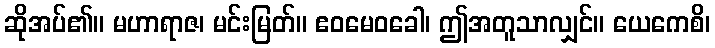
ဆိုအပ်၏။ မဟာရာဇ၊ မင်းမြတ်။ ဧဝမေဝခေါ၊ ဤအတူသာလျှင်။ ယေကေစိ၊